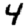
Digit: 4